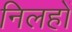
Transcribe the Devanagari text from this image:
निलहों